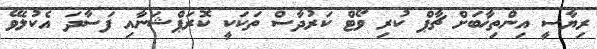
ރިޔާސީ އިންތިޚާބަށް ޗާޕް ކުރި ވޯޓް ކަރުދާސް ތަކަކީ ކޮރަޕްޝަނާއި ފަސާދަ އެކުލެވޭ